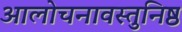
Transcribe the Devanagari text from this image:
आलोचनावस्तुनिष्ठ